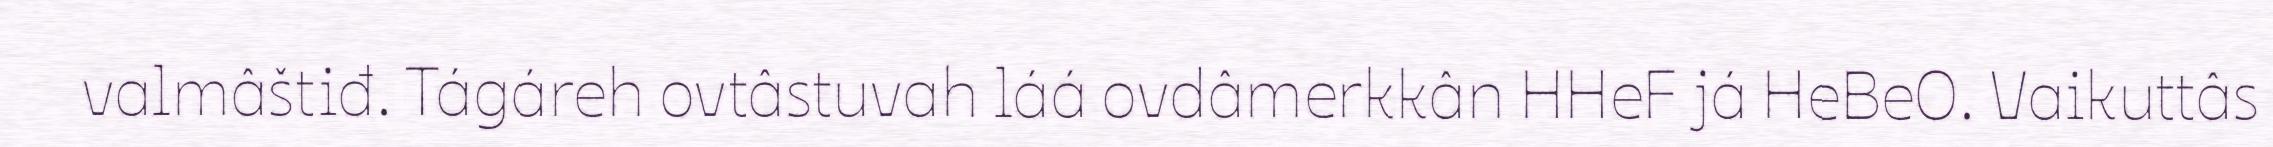
valmâštiđ. Tágáreh ovtâstuvah láá ovdâmerkkân HHeF já HeBeO. Vaikuttâs